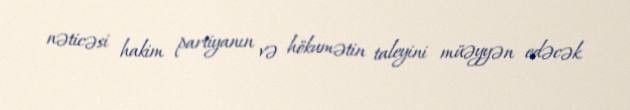
nəticəsi hakim partiyanın və hökumətin taleyini müəyyən edəcək.